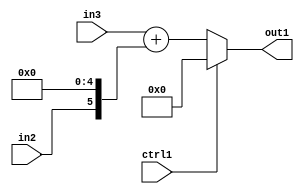
`timescale 1ps / 1ps
/*****************************************************************************
    Verilog RTL Description
    
    
    Created by: Stratus DpOpt 2019.1.01 
*******************************************************************************/

module st_weight_addr_gen_Muxi0Add2Cati0u1u16u1_4_10 (
	in3,
	in2,
	ctrl1,
	out1
	); /* architecture "behavioural" */ 
input [15:0] in3;
input  in2,
	ctrl1;
output [15:0] out1;
wire [15:0] asc001,
	asc002;
wire [5:0] asc003;

assign asc003 = {in2,5'B00000};

assign asc002 = 
	+(in3)
	+(asc003);

reg [15:0] asc001_tmp_0;
assign asc001 = asc001_tmp_0;
always @ (ctrl1 or asc002) begin
	case (ctrl1)
		1'B1 : asc001_tmp_0 = 16'B0000000000000000 ;
		default : asc001_tmp_0 = asc002 ;
	endcase
end

assign out1 = asc001;
endmodule

/* CADENCE  vrL1Qww= : u9/ySgnWtBlWxVPRXgAZ4Og= ** DO NOT EDIT THIS LINE ******/